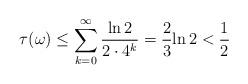
LaTeX: \begin{align*}\tau (\omega) \leq \sum_{k=0}^\infty \frac{\textrm{ln} \, 2}{2 \cdot 4^k}= \frac{2}{3} \textrm{ln} \, 2 < \frac{1}{2}\end{align*}